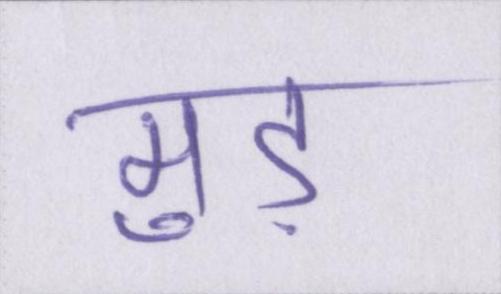
मुड़